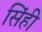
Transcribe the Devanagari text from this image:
सिंही